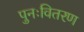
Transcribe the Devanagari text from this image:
पुनःवितरण